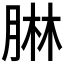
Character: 𦝃